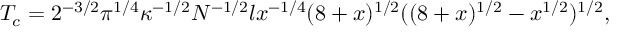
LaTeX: T _ { c } = 2 ^ { - 3 / 2 } \pi ^ { 1 / 4 } \kappa ^ { - 1 / 2 } N ^ { - 1 / 2 } l x ^ { - 1 / 4 } ( 8 + x ) ^ { 1 / 2 } ( ( 8 + x ) ^ { 1 / 2 } - x ^ { 1 / 2 } ) ^ { 1 / 2 } ,